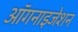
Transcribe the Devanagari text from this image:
ऑगनाइजेशन